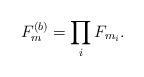
LaTeX: \begin{align*}F_{m}^{\left(b\right)}=\prod_{i}F_{m_{i}}.\end{align*}